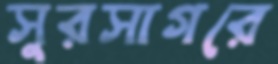
সুরসাগরে